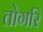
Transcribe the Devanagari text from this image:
तोगरि